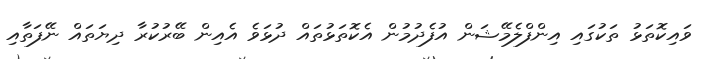
ވައިކޮތަޅު ތަކުގައި އިންފްލެމޭޝަން އުފެދުމުން އެކޮތަޅުތައް ދުޅަވެ އެއިން ބޭރުކުރާ ދިޔަތައް ނޭފަތާއި